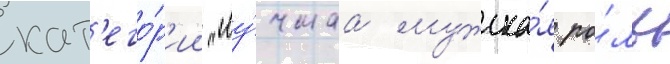
кат'его́р'ии "лу́чшаа мужска́я ро́ль